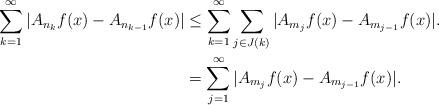
LaTeX: \begin{align*}\sum_{k=1}^\infty|A_{n_k}f(x)-A_{n_{k-1}}f(x)|&\leq \sum_{k=1}^\infty\sum_{j\in J(k)}|A_{m_j}f(x)-A_{m_{j-1}}f(x)|.\\&= \sum_{j=1}^\infty |A_{m_j}f(x)-A_{m_{j-1}}f(x)|.\end{align*}